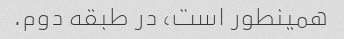
همینطور است، در طبقه دوم.